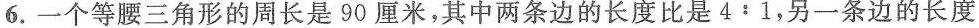
6.一个等腰三角形的周长是90厘米，其中两条边的长度比是4:1，另一条边的长度